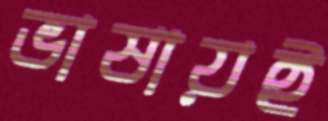
ভাষায়ই